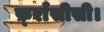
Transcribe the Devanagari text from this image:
फ़्राँसीसी।